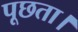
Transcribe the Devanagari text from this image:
पूछता।